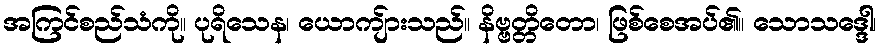
အကြင်စည်သံကို။ ပုရိသေန၊ ယောကျ်ားသည်။ နိဗ္ဗတ္တိတော၊ ဖြစ်စေအပ်၏။ သောသဒ္ဒေါ၊